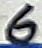
Text: 6